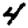
Digit: 4